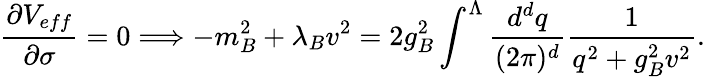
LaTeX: \frac{\partial V_{eff}}{\partial\sigma}=0\Longrightarrow-m_{B}^{2}+\lambda_{B}v^{2}=2g_{B}^{2}\int^{\Lambda}\frac{d^{d}q}{(2\pi)^{d}}\frac{1}{q^{2}+g_{B}^{2}v^{2}}.